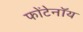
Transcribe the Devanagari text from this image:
फोंटेनॉय